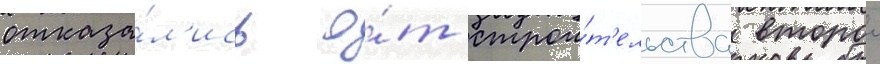
отказа́л'ись о́т строи́т'ельства второи